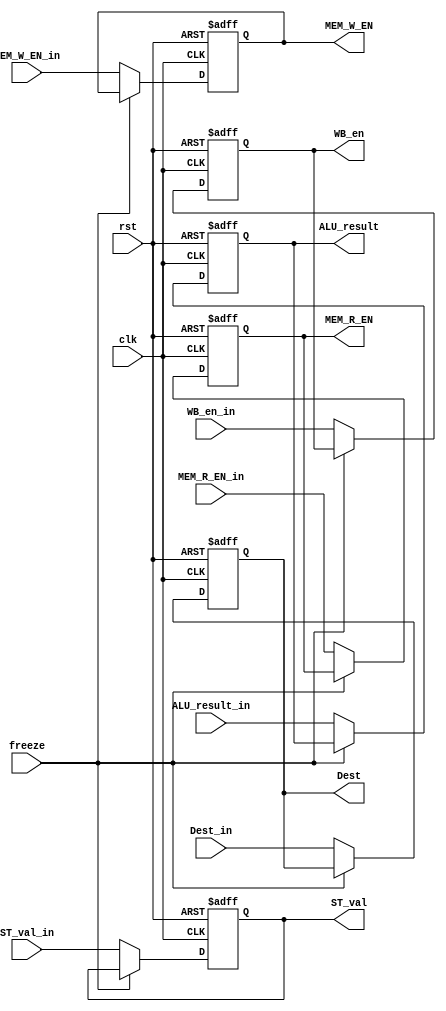
module EXE_Stage_reg(
	input clk,
	input rst,
	input freeze,
	input WB_en_in,
	//MEM Signals
	input MEM_R_EN_in,
	input MEM_W_EN_in,

	input [31:0] ALU_result_in,
	input [31:0] ST_val_in,
	input [4:0] Dest_in,

	output reg WB_en,
	//MEM Signals
	output reg MEM_R_EN,
	output reg MEM_W_EN,
	output reg [31:0] ALU_result,
	output reg [31:0] ST_val,
	output reg [4:0] Dest
	);
	always @(posedge clk or posedge rst) begin
		if (rst) begin
			// reset
			WB_en = 1'b0;
			MEM_R_EN = 1'b0;
			MEM_W_EN = 1'b0;
			ALU_result = 32'b0;
			ST_val = 32'b0;
			Dest = 5'b0;
		end
		else if (freeze==0) begin

			WB_en = WB_en_in;
			MEM_R_EN = MEM_R_EN_in;
			MEM_W_EN = MEM_W_EN_in;
			ALU_result = ALU_result_in;
			ST_val = ST_val_in;
			Dest = Dest_in;
		end
	end
endmodule